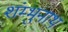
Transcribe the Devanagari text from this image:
शंम्भुनाथ